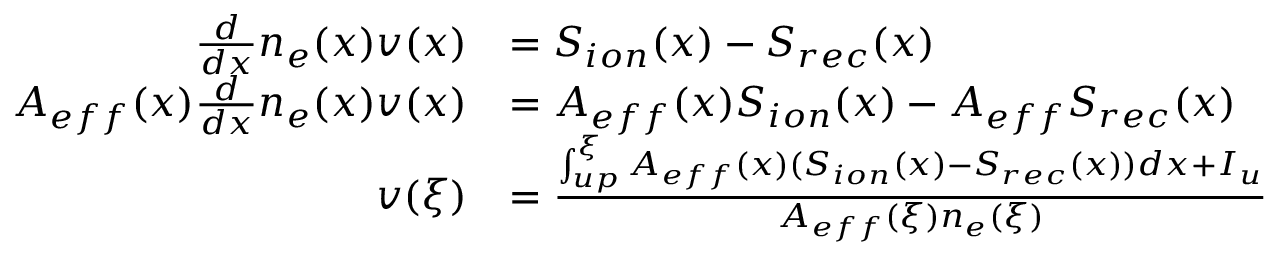
\begin{array} { r l } { \frac { d } { d x } n _ { e } ( x ) v ( x ) } & { = S _ { i o n } ( x ) - S _ { r e c } ( x ) } \\ { A _ { e f f } ( x ) \frac { d } { d x } n _ { e } ( x ) v ( x ) } & { = A _ { e f f } ( x ) S _ { i o n } ( x ) - A _ { e f f } S _ { r e c } ( x ) } \\ { v ( \xi ) } & { = \frac { \int _ { u p } ^ { \xi } A _ { e f f } ( x ) ( S _ { i o n } ( x ) - S _ { r e c } ( x ) ) d x + I _ { u } } { A _ { e f f } ( \xi ) n _ { e } ( \xi ) } } \end{array}